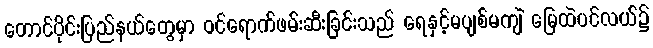
တောင်ပိုင်းပြည်နယ်တွေမှာ ဝင်ရောက်ဖမ်းဆီးခြင်းသည် ရေနှင့်မပျစ်မကျဲ မြေထဲပင်လယ်၌